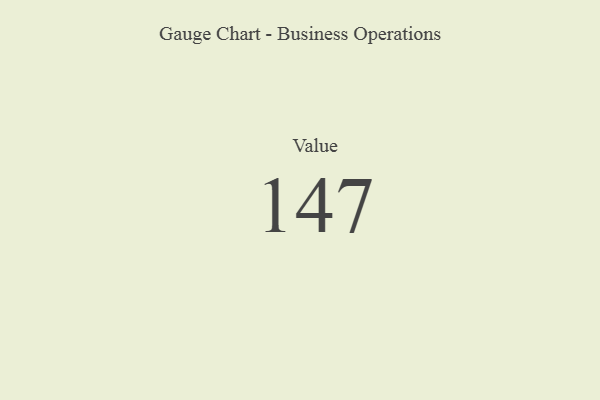
{"axis": {"x": "Metric", "y": "Value"}, "legend": [""], "data": [{"x": "Value", "y": 147, "type": ""}]}